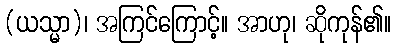
(ယသ္မာ)၊ အကြင်ကြောင့်။ အာဟု၊ ဆိုကုန်၏။